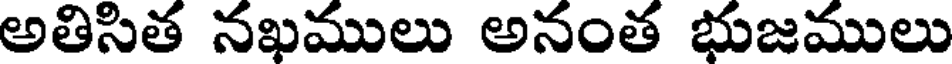
అతిసిత నఖములు అనంత భుజములు